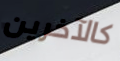
كالآخرين